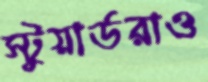
স্টুয়ার্ডরাও